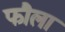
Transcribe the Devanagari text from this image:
फौला